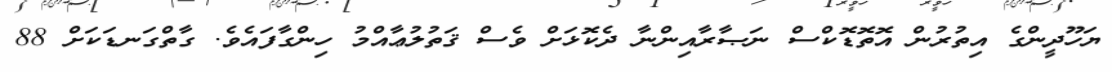
ޔަހޫދީންގެ އިތުރުން އޮތޮޑޮކްސް ނަޞާރާއިންނާ ދެކޮޅަށް ވެސް ޤަތުލުޢާއްމު ހިންގާފައެވެ. ގާތްގަނޑަކަށް 88